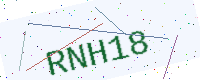
Text: RNH18